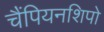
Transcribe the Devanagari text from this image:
चैंपियनशिपो